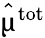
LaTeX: \hat{\mathbf{\upmu}}^{\mathrm{tot}}